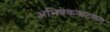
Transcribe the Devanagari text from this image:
अभिषेकनाटकम्